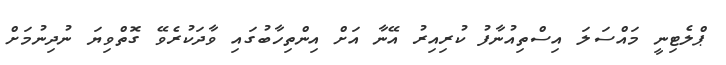
ޕްލެޓިނީ މައްސަލަ އިސްތިއުނާފު ކުރިއިރު އޭނާ އަށް އިންތިހާބުގައި ވާދަކުރެވޭ ގޮތްވިޔަ ނުދިނުމަށް